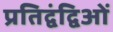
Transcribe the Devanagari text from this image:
प्रतिद्वंद्विओं